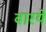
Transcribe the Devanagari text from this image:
वारये